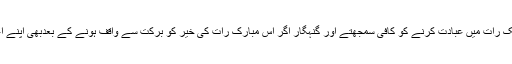
اگر شبِ قدر کی تعیین کر دی جاتی تونیک لوگ بھی اسی ایک رات میں عبادت کرنے کو کافی سمجھتے اور گنہگار اگر اس مبارک رات کی خیر کو برکت سے واقف ہونے کے بعدبھی اپنے اعمال بد سے باز نہ آتے تو نہایت سخت خسارے میں رہتے۔